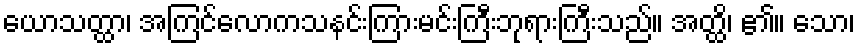
ယောသတ္ထာ၊ အကြင်လောကသနင်းကြားမင်းကြီးဘုရားကြီးသည်။ အတ္ထိ၊ ၏။ သော၊